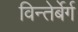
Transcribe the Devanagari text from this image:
विन्तेर्बेर्ग